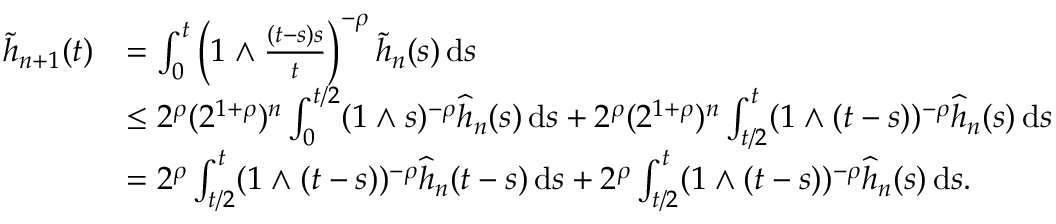
\begin{array} { r l } { \widetilde { h } _ { n + 1 } ( t ) } & { = \int _ { 0 } ^ { t } \left( 1 \wedge \frac { ( t - s ) s } { t } \right) ^ { - \rho } \widetilde { h } _ { n } ( s ) \, \ensuremath { \mathrm { d } } s } \\ & { \le 2 ^ { \rho } ( 2 ^ { 1 + \rho } ) ^ { n } \int _ { 0 } ^ { t / 2 } ( 1 \wedge s ) ^ { - \rho } \widehat { h } _ { n } ( s ) \, \ensuremath { \mathrm { d } } s + 2 ^ { \rho } ( 2 ^ { 1 + \rho } ) ^ { n } \int _ { t / 2 } ^ { t } ( 1 \wedge ( t - s ) ) ^ { - \rho } \widehat { h } _ { n } ( s ) \, \ensuremath { \mathrm { d } } s } \\ & { = 2 ^ { \rho } \int _ { t / 2 } ^ { t } ( 1 \wedge ( t - s ) ) ^ { - \rho } \widehat { h } _ { n } ( t - s ) \, \ensuremath { \mathrm { d } } s + 2 ^ { \rho } \int _ { t / 2 } ^ { t } ( 1 \wedge ( t - s ) ) ^ { - \rho } \widehat { h } _ { n } ( s ) \, \ensuremath { \mathrm { d } } s . } \end{array}